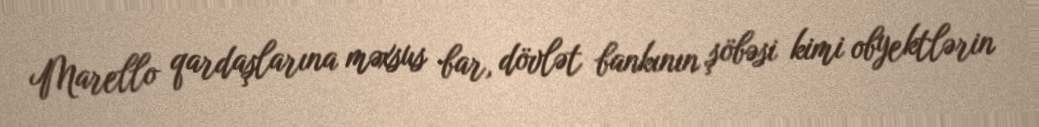
Marello qardaşlarına məxsus bar, dövlət bankının şöbəsi kimi obyektlərin